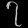
Digit: ၇